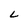
Character: L